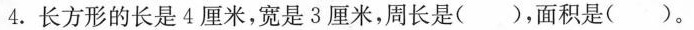
4.长方形的长是4厘米，宽是3厘米，周长是（ ），面积是（ ）。